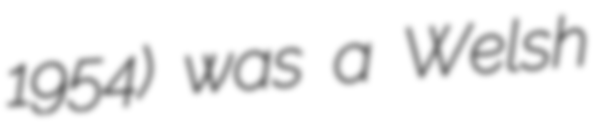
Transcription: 1954) was a Welsh